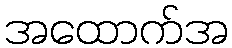
အထောက်အ